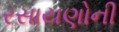
રસાયણોની